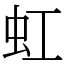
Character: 虹